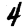
Digit: 4